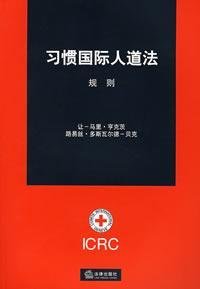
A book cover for customary international humanitarian law (paperback); RANG - MA LI ?HENG KE CI; Law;